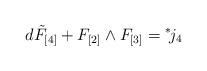
LaTeX: \begin{align*}d \tilde F_{[4]} + F_{[2]} \wedge F_{[3]} ={}^*\! j_{4}\end{align*}